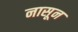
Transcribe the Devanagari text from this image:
नासून